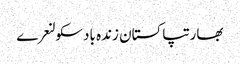
بھارتپاکستان زندہ بادسکولنعرے